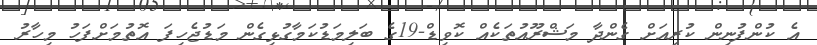
އެ ކުންފުނިން ކުރިއަށް ގެންދާ މަޝްރޫއުތަކެއް ކޮވިޑް-19ގެ ބަލިމަޑުކަމާގުޅިގެން މަޑުޖެހިފަ އޮތުމަށްފަހު މިހާރު